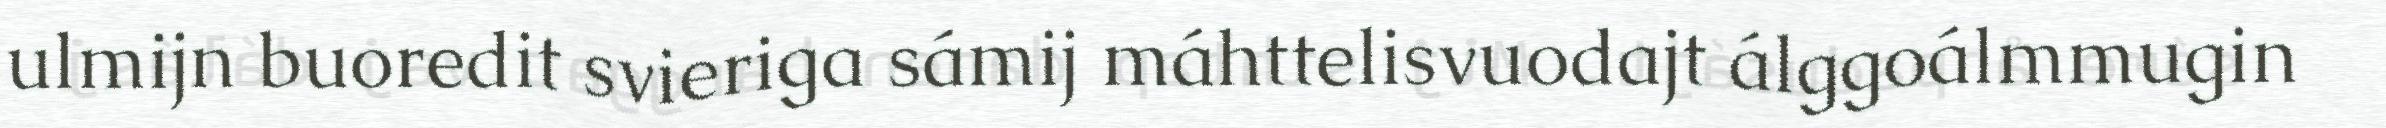
ulmijn buoredit svieriga sámij máhttelisvuodajt álggoálmmugin